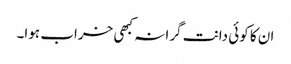
ان کا کوئی دانت گرا نہ کبھی خراب ہوا۔